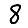
Digit: 8